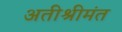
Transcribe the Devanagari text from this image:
अतीश्रीमंत